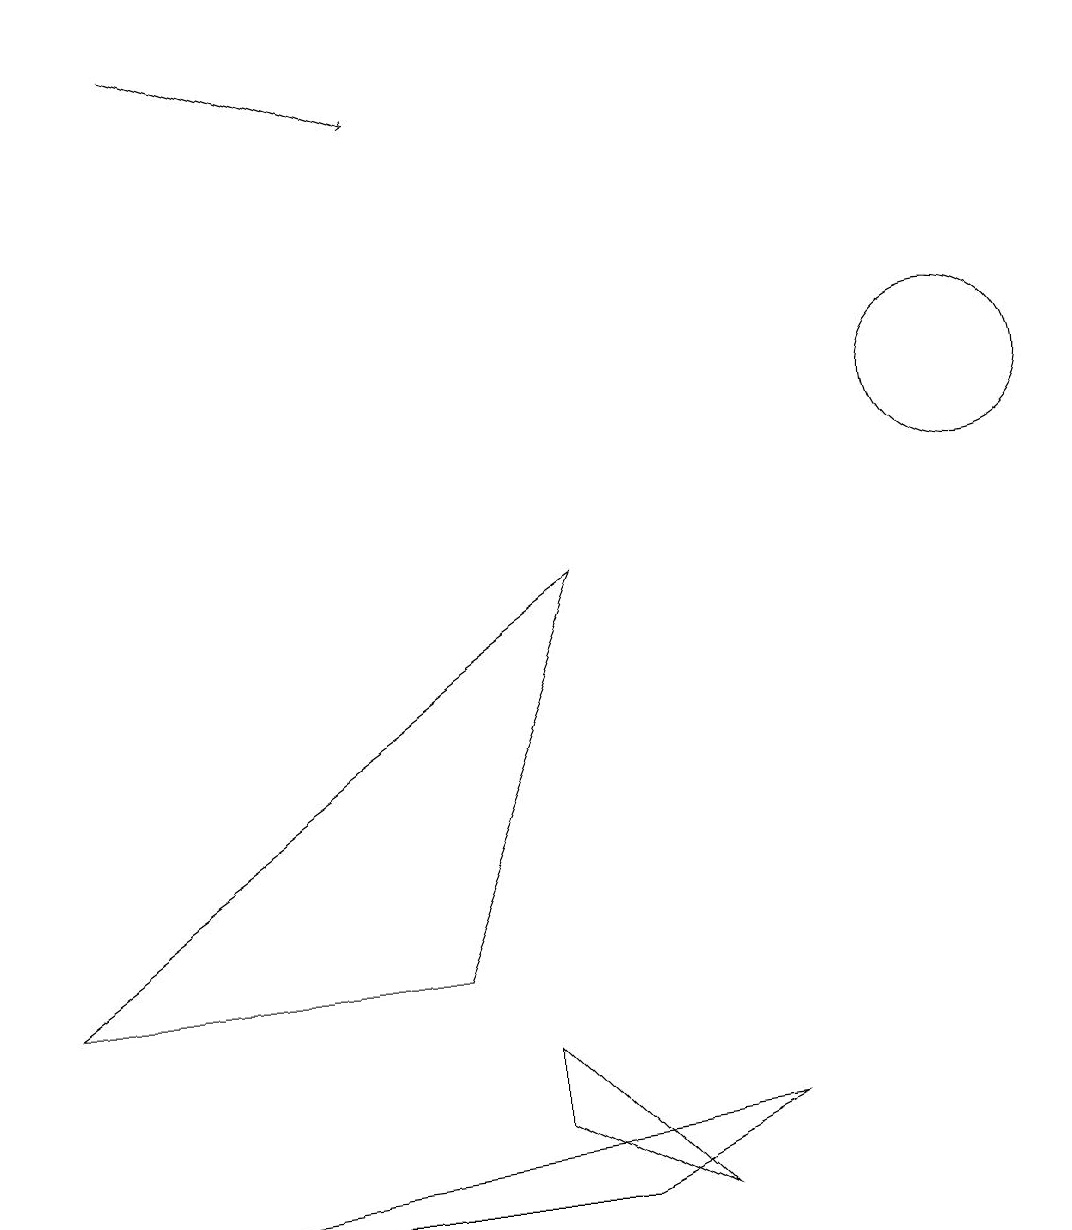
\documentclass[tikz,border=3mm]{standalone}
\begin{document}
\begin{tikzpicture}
\draw (5,3) -- (7,8) -- (0,3) -- cycle;
\draw (6,2) -- (6,1) -- (8,0) -- cycle;
\draw (12,10) circle (1);
\draw (7,0) -- (9,1) -- (1,0) -- cycle;
\draw[->] (2,15) -- (5,14);
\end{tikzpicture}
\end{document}